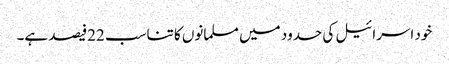
خود اسرائیل کی حدود میں مسلمانوں کا تناسب 22فیصد ہے۔